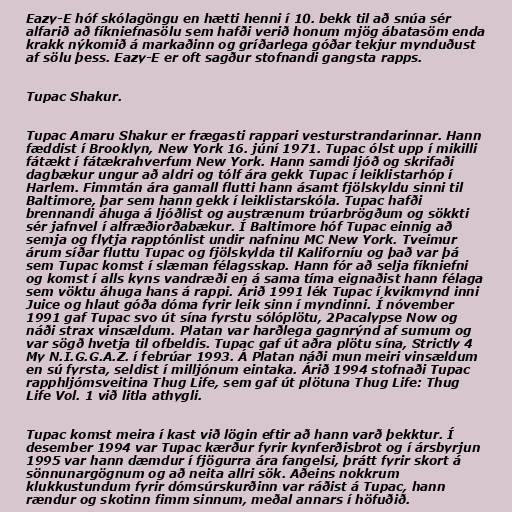
Eazy-E hóf skólagöngu en hætti henni í 10. bekk til að snúa sér
alfarið að fíkniefnasölu sem hafði verið honum mjög ábatasöm enda
krakk nýkomið á markaðinn og gríðarlega góðar tekjur mynduðust
af sölu þess. Eazy-E er oft sagður stofnandi gangsta rapps.

Tupac Shakur.

Tupac Amaru Shakur er frægasti rappari vesturstrandarinnar. Hann
fæddist í Brooklyn, New York 16. júní 1971. Tupac ólst upp í mikilli
fátækt í fátækrahverfum New York. Hann samdi ljóð og skrifaði
dagbækur ungur að aldri og tólf ára gekk Tupac í leiklistarhóp í
Harlem. Fimmtán ára gamall flutti hann ásamt fjölskyldu sinni til
Baltimore, þar sem hann gekk í leiklistarskóla. Tupac hafði
brennandi áhuga á ljóðlist og austrænum trúarbrögðum og sökkti
sér jafnvel í alfræðiorðabækur. Í Baltimore hóf Tupac einnig að
semja og flytja rapptónlist undir nafninu MC New York. Tveimur
árum síðar fluttu Tupac og fjölskylda til Kaliforníu og það var þá
sem Tupac komst í slæman félagsskap. Hann fór að selja fíkniefni
og komst í alls kyns vandræði en á sama tíma eignaðist hann félaga
sem vöktu áhuga hans á rappi. Árið 1991 lék Tupac í kvikmynd inni
Juice og hlaut góða dóma fyrir leik sinn í myndinni. Í nóvember
1991 gaf Tupac svo út sína fyrstu sólóplötu, 2Pacalypse Now og
náði strax vinsældum. Platan var harðlega gagnrýnd af sumum og
var sögð hvetja til ofbeldis. Tupac gaf út aðra plötu sína, Strictly 4
My N.I.G.G.A.Z. í febrúar 1993. Á Platan náði mun meiri vinsældum
en sú fyrsta, seldist í milljónum eintaka. Árið 1994 stofnaði Tupac
rapphljómsveitina Thug Life, sem gaf út plötuna Thug Life: Thug
Life Vol. 1 við litla athygli.

Tupac komst meira í kast við lögin eftir að hann varð þekktur. Í
desember 1994 var Tupac kærður fyrir kynferðisbrot og í ársbyrjun
1995 var hann dæmdur í fjögurra ára fangelsi, þrátt fyrir skort á
sönnunargögnum og að neita allri sök. Aðeins nokkrum
klukkustundum fyrir dómsúrskurðinn var ráðist á Tupac, hann
rændur og skotinn fimm sinnum, meðal annars í höfuðið.